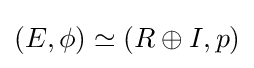
(E,\phi )\simeq (R\oplus I,p)